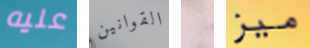
عليه القوانين و ميز